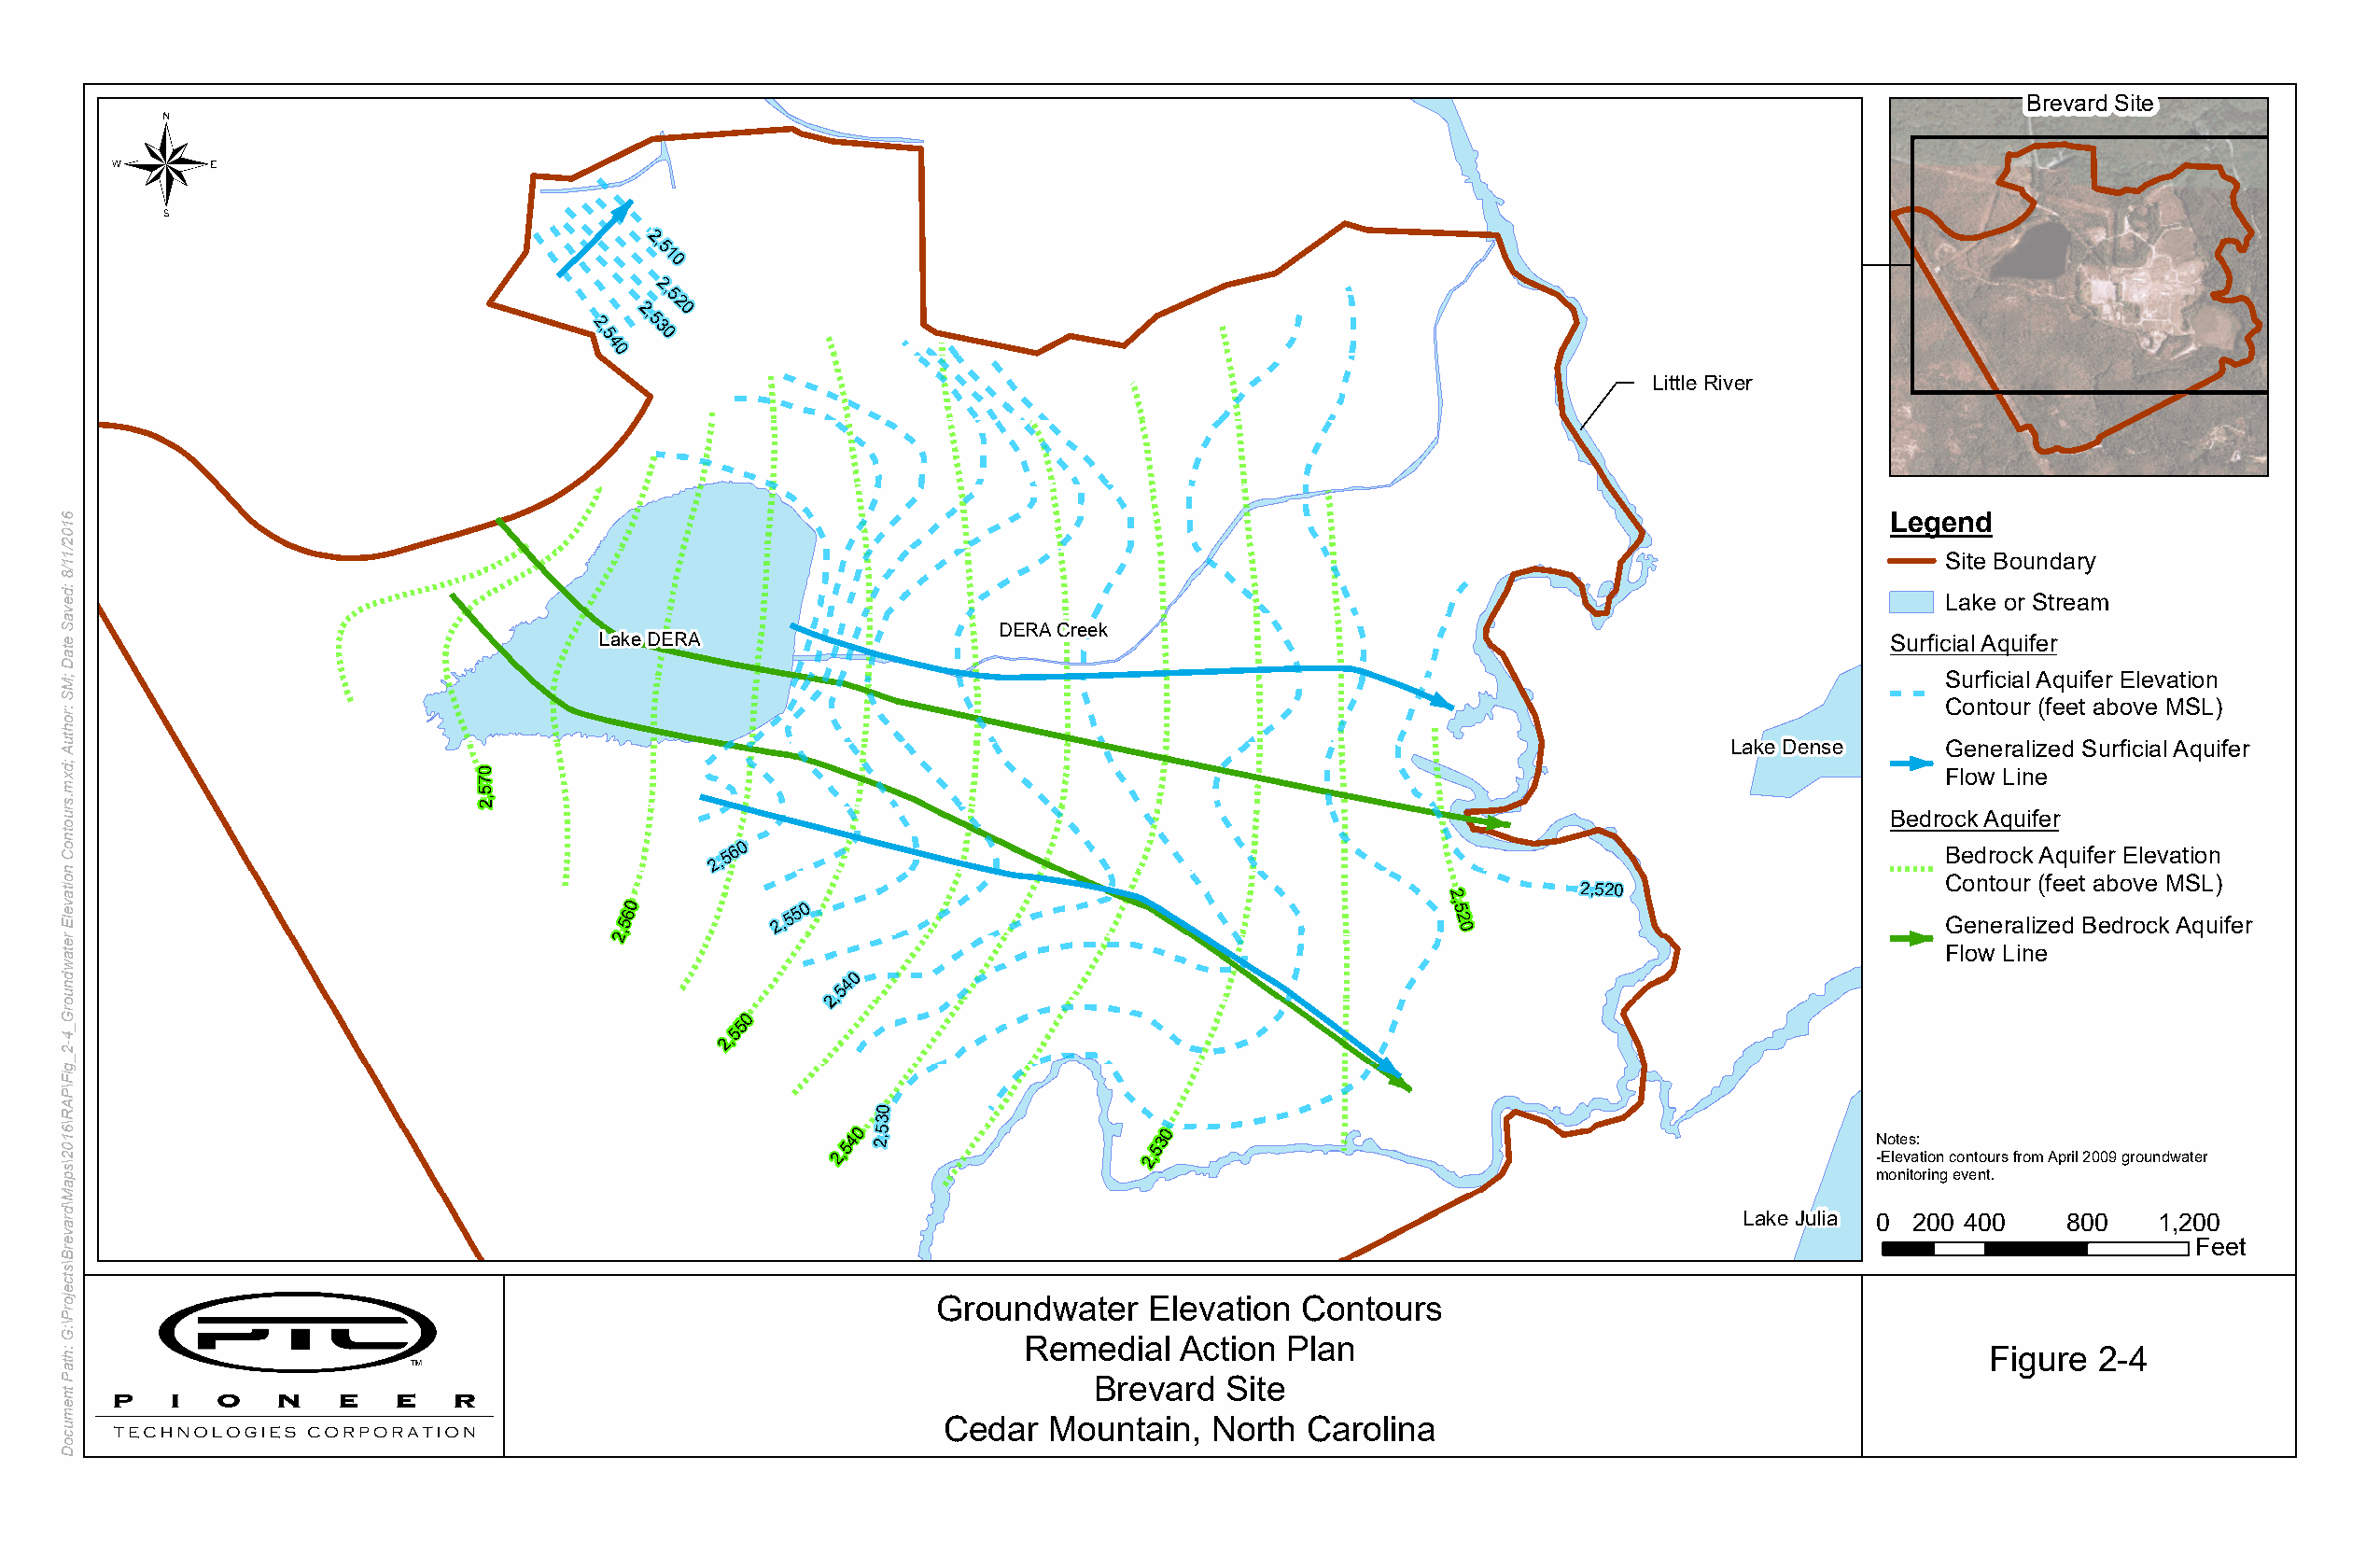
Brevard Site
 2,
 5
 1
 0
 2,
 5
 2
 2, 0
 2,
 5
 5 3
 0
 4
 0
 Little River
 Legend
 Site Boundary
 Lake or Stream
 DERA Creek
 Lake DERA                                                                                  Surficial Aquifer
 Surficial Aquifer Elevation
 Contour (feet above MSL)
 Lake Dense     Generalized Surficial Aquifer
 0
 7                                                                                                       Flow Line
 5
 ,2
 Bedrock Aquifer
 2,5 6 0                                                                                Bedrock Aquifer Elevation
 Contour (feet above MSL)
 2,520
 2
 2,560      2,5 5 0                                         ,5 2 0                             Generalized Bedrock Aquifer
 Flow Line
 0
 4
 5
 2,
 0
 5
 5
 2,
 0
 3
 2,540 2,5             2,530
 N -Eo lete vs a:
 tion contours from April 2009 groundwater
 monitoring event.
 Lake Julia 0 200 400   800   1,200
 Feet
 Groundwater    Elevation  Contours
 Remedial   Action Plan                                              Figure  2-4
 Brevard  Site
 Cedar  Mountain,   North  Carolina
 6102/11/8
 :devaS
 etaD
 ;MS
 :rohtuA
 ;dxm.sruotnoC
 noitavelE
 retawdnuorG_4-2_giF\PAR\6102\spaM\draverB\stcejorP\:G
 :htaP
 tnemucoD